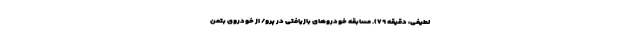
لطیفی، دقیقه ۷۹). مسابقه خودروهای بازیافتی در پرو/ از خودروی بتمن